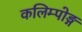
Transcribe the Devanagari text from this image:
कलिम्पोङ्ग